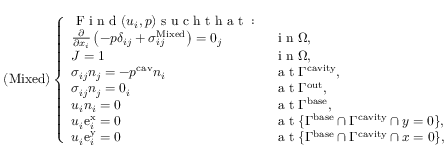
\left( \mathrm { M i x e d } \right) \left\{ \begin{array} { l l } { \mathrm { ~ F ~ i ~ n ~ d ~ } ( u _ { i } , p ) \mathrm { ~ s ~ u ~ c ~ h ~ t ~ h ~ a ~ t ~ : ~ } } & { } \\ { \frac { \partial } { \partial x _ { i } } \left( - p \delta _ { i j } ^ { \phantom { } } + \sigma _ { i j } ^ { \mathrm { M i x e d } } \right) = 0 _ { j } } & { \mathrm { ~ i ~ n ~ } \Omega , } \\ { J = 1 } & { \mathrm { ~ i ~ n ~ } \Omega , } \\ { \sigma _ { i j } n _ { j } = - p ^ { \mathrm { c a v } } n _ { i } } & { \mathrm { ~ a ~ t ~ } \Gamma ^ { \mathrm { c a v i t y } } , } \\ { \sigma _ { i j } n _ { j } = 0 _ { i } } & { \mathrm { ~ a ~ t ~ } \Gamma ^ { \mathrm { o u t } } , } \\ { u _ { i } n _ { i } = 0 } & { \mathrm { ~ a ~ t ~ } \Gamma ^ { \mathrm { b a s e } } , } \\ { u _ { i } \mathrm { e } _ { i } ^ { \mathrm { x } } = 0 } & { \mathrm { ~ a ~ t ~ } \{ \Gamma ^ { \mathrm { b a s e } } \cap \Gamma ^ { \mathrm { c a v i t y } } \cap y = 0 \} , } \\ { u _ { i } \mathrm { e } _ { i } ^ { \mathrm { y } } = 0 } & { \mathrm { ~ a ~ t ~ } \{ \Gamma ^ { \mathrm { b a s e } } \cap \Gamma ^ { \mathrm { c a v i t y } } \cap x = 0 \} , } \end{array} \right.